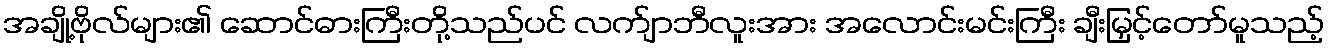
အချို့ဗိုလ်များ၏ ဆောင်ဓားကြီးတို့သည်ပင် လက်ျာဘီလူးအား အလောင်းမင်းကြီး ချီးမြှင့်တော်မူသည့်